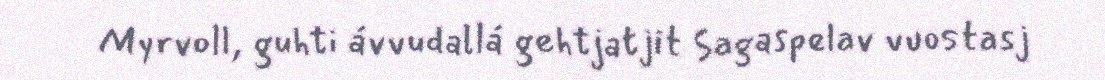
Myrvoll, guhti ávvudallá gehtjatjit Sagaspelav vuostasj